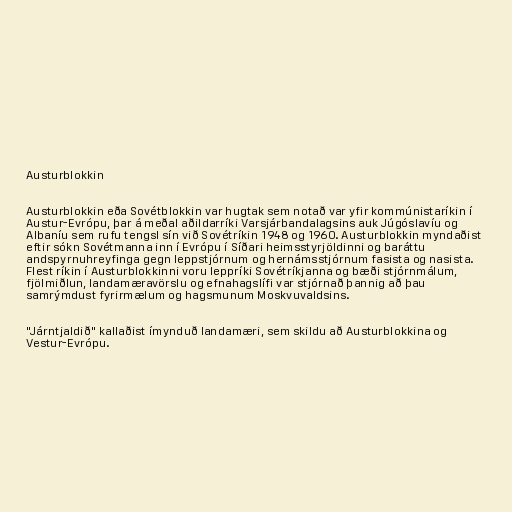
Austurblokkin

Austurblokkin eða Sovétblokkin var hugtak sem notað var yfir kommúnistaríkin í
Austur-Evrópu, þar á meðal aðildarríki Varsjárbandalagsins auk Júgóslavíu og
Albaníu sem rufu tengsl sín við Sovétríkin 1948 og 1960. Austurblokkin myndaðist
eftir sókn Sovétmanna inn í Evrópu í Síðari heimsstyrjöldinni og baráttu
andspyrnuhreyfinga gegn leppstjórnum og hernámsstjórnum fasista og nasista.
Flest ríkin í Austurblokkinni voru leppríki Sovétríkjanna og bæði stjórnmálum,
fjölmiðlun, landamæravörslu og efnahagslífi var stjórnað þannig að þau
samrýmdust fyrirmælum og hagsmunum Moskvuvaldsins.

"Járntjaldið" kallaðist ímynduð landamæri, sem skildu að Austurblokkina og
Vestur-Evrópu.